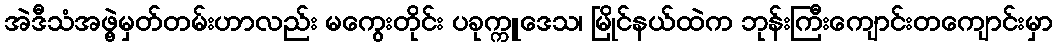
အဲဒီသံအဖွဲ့မှတ်တမ်းဟာလည်း မကွေးတိုင်း ပခုက္ကူဒေသ၊ မြိုင်နယ်ထဲက ဘုန်းကြီးကျောင်းတကျောင်းမှာ